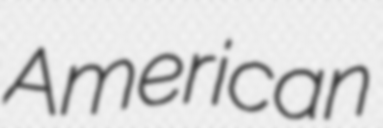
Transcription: American